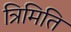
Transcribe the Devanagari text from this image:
त्रिमिति